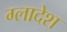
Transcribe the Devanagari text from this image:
ग्लादेश